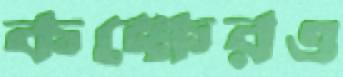
কক্ষেরও